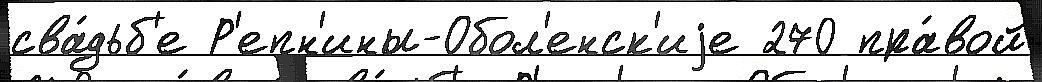
сва́дьб'е Р'епн'ины-Обол'енск'иjе 270 пра́вой